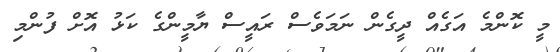
މީ ކޮންމެ އަގެއް ދީގެން ނަމަވެސް ރައީސް ޔާމީންގެ ކަޅު އޮށް ފުންމި